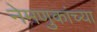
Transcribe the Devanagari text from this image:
नेमणुकांच्या